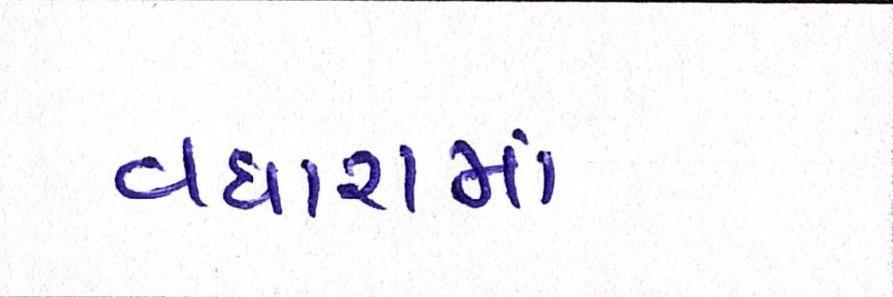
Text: વધારામાં